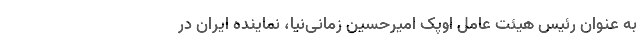
به عنوان رئیس هیئت عامل اوپک امیرحسین زمانی‌نیا، نماینده ایران در